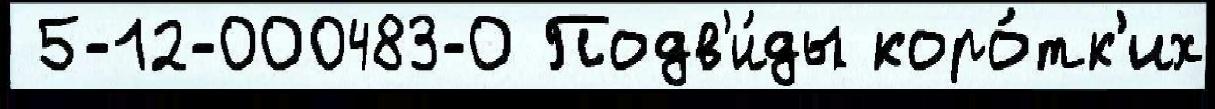
 5-12-000483-0 Подв'и́ды коро́тк'их